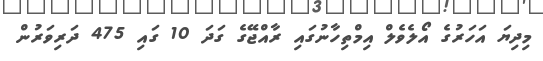
މިދިޔަ އަހަރުގެ އޯލެވެލް އިމްތިހާނުގައި ރާއްޖޭގެ ގަދަ 10 ގައި 475 ދަރިވަރުން